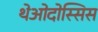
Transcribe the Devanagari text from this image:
थेओदोस्सिस